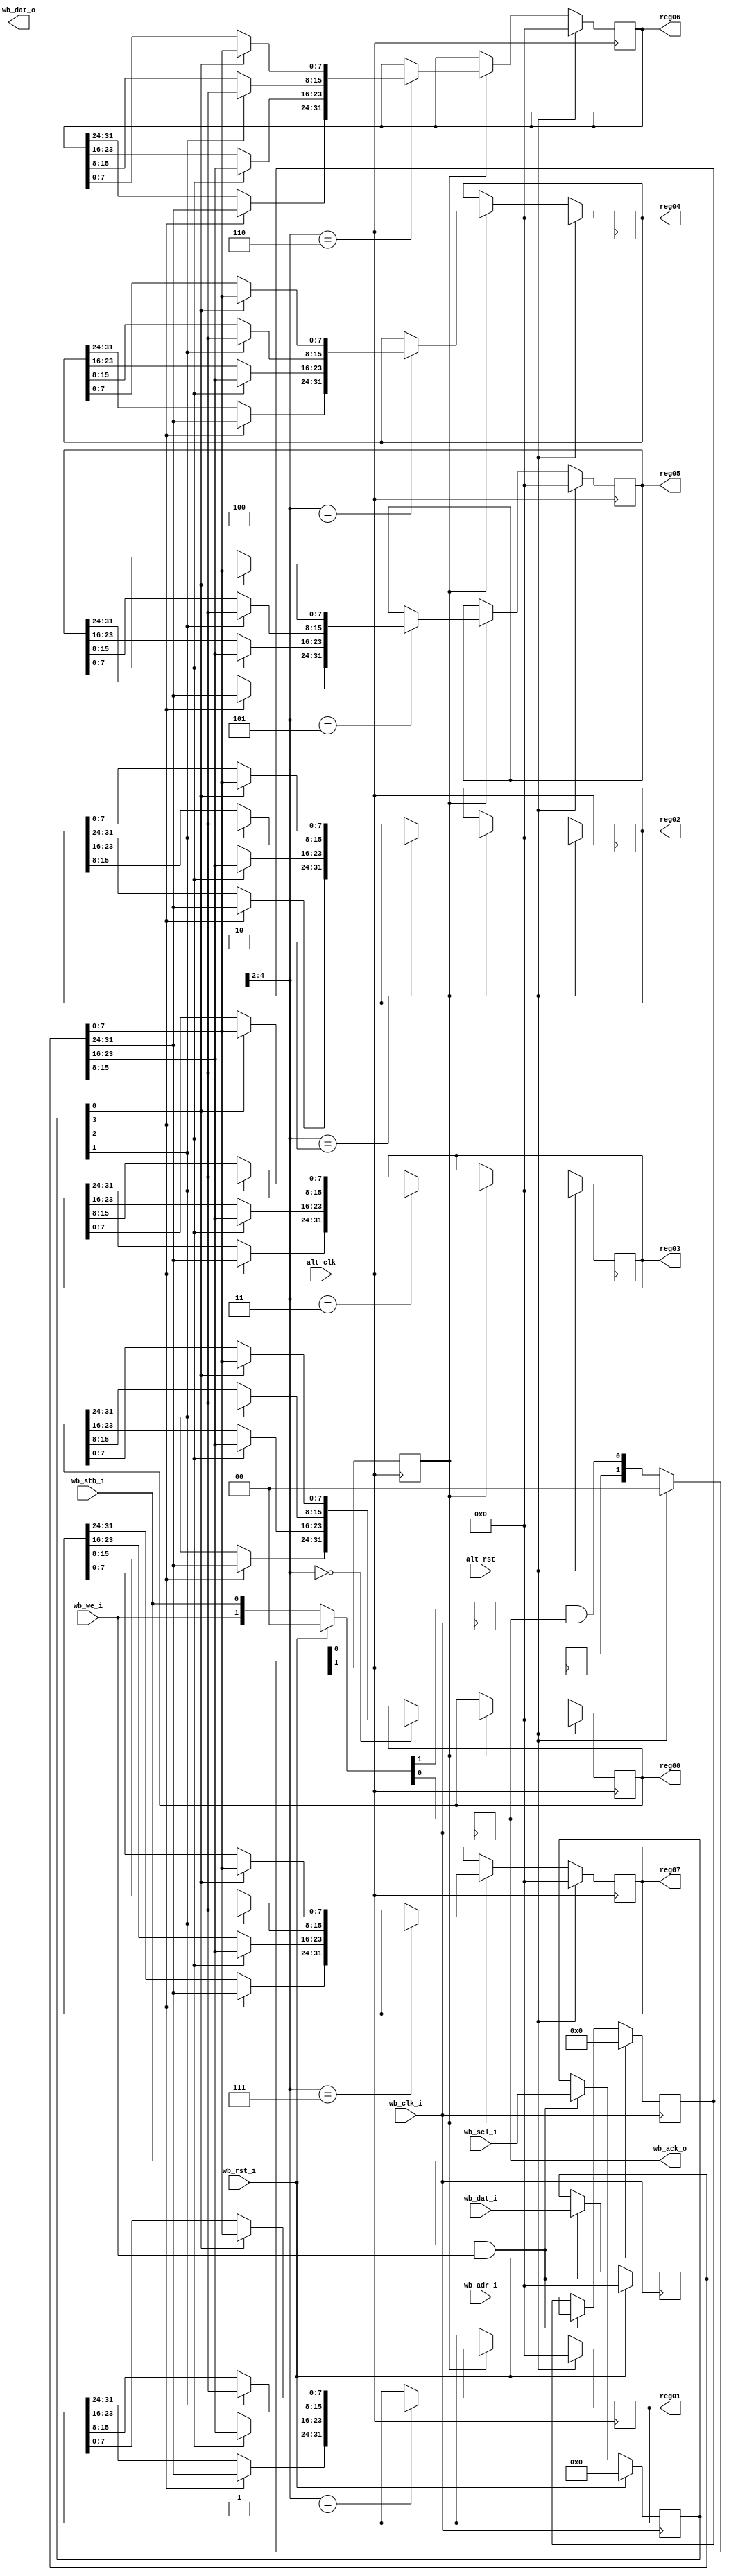
//
// Copyright 2011 Ettus Research LLC
//
// This program is free software: you can redistribute it and/or modify
// it under the terms of the GNU General Public License as published by
// the Free Software Foundation, either version 3 of the License, or
// (at your option) any later version.
//
// This program is distributed in the hope that it will be useful,
// but WITHOUT ANY WARRANTY; without even the implied warranty of
// MERCHANTABILITY or FITNESS FOR A PARTICULAR PURPOSE.  See the
// GNU General Public License for more details.
//
// You should have received a copy of the GNU General Public License
// along with this program.  If not, see <http://www.gnu.org/licenses/>.
//


module wb_regfile_2clock
  (input wb_clk_i,
   input wb_rst_i,
   input wb_stb_i,
   input wb_we_i,
   input [15:0] wb_adr_i,
   input [3:0] wb_sel_i,
   input [31:0] wb_dat_i,
   output [31:0] wb_dat_o,
   output wb_ack_o,
   input alt_clk,
   input alt_rst,
   
   output reg [31:0] reg00,
   output reg [31:0] reg01,
   output reg [31:0] reg02,
   output reg [31:0] reg03,
   output reg [31:0] reg04,
   output reg [31:0] reg05,
   output reg [31:0] reg06,
   output reg [31:0] reg07
   );

   reg [15:0] 	 addr_reg;
   reg [3:0] 	 sel_reg;
   reg [31:0] 	 dat_reg;
   reg 		 wr_ret1, wr_ret2, we_reg, stb_reg;
   
   always @(posedge wb_clk_i)
     if(wb_rst_i)
       begin
	  addr_reg <= 0;
	  sel_reg <= 0;
	  dat_reg <= 0;
       end
     else if(wb_stb_i & wb_we_i)
       begin
	  addr_reg <= wb_adr_i;
	  sel_reg <= wb_sel_i;
	  dat_reg <= wb_dat_i;
       end
   
   always @(posedge wb_clk_i)
     if(wb_rst_i)
       {we_reg,stb_reg} <= 2'b0;
     else
       {we_reg,stb_reg} <= {wb_we_i,wb_stb_i};

   assign wb_ack_o = stb_reg;
   
   always @(posedge alt_clk)
     if(alt_rst)
       {wr_ret2, wr_ret1} <= 2'b0;
     else
       {wr_ret2, wr_ret1} <= {wr_ret1, we_reg & stb_reg};
   
   always @(posedge alt_clk)
     if(alt_rst)
       begin
	  reg00 <= 0;
	  reg01 <= 0;
	  reg02 <= 0;
	  reg03 <= 0;
	  reg04 <= 0;
	  reg05 <= 0;
	  reg06 <= 0;
	  reg07 <= 0;
       end // if (alt_rst)
     else if(wr_ret2)
       case(addr_reg[4:2])
	 3'd0: reg00 <= { {sel_reg[3] ? dat_reg[31:24] : reg00[31:24]},
			  {sel_reg[2] ? dat_reg[23:16] : reg00[23:16]},
			  {sel_reg[1] ? dat_reg[15:8] : reg00[15:8]},
			  {sel_reg[0] ? dat_reg[7:0] : reg00[7:0]}};
	 3'd1: reg01 <= { {sel_reg[3] ? dat_reg[31:24] : reg01[31:24]},
			  {sel_reg[2] ? dat_reg[23:16] : reg01[23:16]},
			  {sel_reg[1] ? dat_reg[15:8] : reg01[15:8]},
			  {sel_reg[0] ? dat_reg[7:0] : reg01[7:0]}};
	 3'd2: reg02 <= { {sel_reg[3] ? dat_reg[31:24] : reg02[31:24]},
			  {sel_reg[2] ? dat_reg[23:16] : reg02[23:16]},
			  {sel_reg[1] ? dat_reg[15:8] : reg02[15:8]},
			  {sel_reg[0] ? dat_reg[7:0] : reg02[7:0]}};
	 3'd3: reg03 <= { {sel_reg[3] ? dat_reg[31:24] : reg03[31:24]},
			  {sel_reg[2] ? dat_reg[23:16] : reg03[23:16]},
			  {sel_reg[1] ? dat_reg[15:8] : reg03[15:8]},
			  {sel_reg[0] ? dat_reg[7:0] : reg03[7:0]}};
	 3'd4: reg04 <= { {sel_reg[3] ? dat_reg[31:24] : reg04[31:24]},
			  {sel_reg[2] ? dat_reg[23:16] : reg04[23:16]},
			  {sel_reg[1] ? dat_reg[15:8] : reg04[15:8]},
			  {sel_reg[0] ? dat_reg[7:0] : reg04[7:0]}};
	 3'd5: reg05 <= { {sel_reg[3] ? dat_reg[31:24] : reg05[31:24]},
			  {sel_reg[2] ? dat_reg[23:16] : reg05[23:16]},
			  {sel_reg[1] ? dat_reg[15:8] : reg05[15:8]},
			  {sel_reg[0] ? dat_reg[7:0] : reg05[7:0]}};
	 3'd6: reg06 <= { {sel_reg[3] ? dat_reg[31:24] : reg06[31:24]},
			  {sel_reg[2] ? dat_reg[23:16] : reg06[23:16]},
			  {sel_reg[1] ? dat_reg[15:8] : reg06[15:8]},
			  {sel_reg[0] ? dat_reg[7:0] : reg06[7:0]}};
	 3'd7: reg07 <= { {sel_reg[3] ? dat_reg[31:24] : reg07[31:24]},
			  {sel_reg[2] ? dat_reg[23:16] : reg07[23:16]},
			  {sel_reg[1] ? dat_reg[15:8] : reg07[15:8]},
			  {sel_reg[0] ? dat_reg[7:0] : reg07[7:0]}};
       endcase // case(addr_reg[2:0])
   
endmodule // wb_regfile_2clock